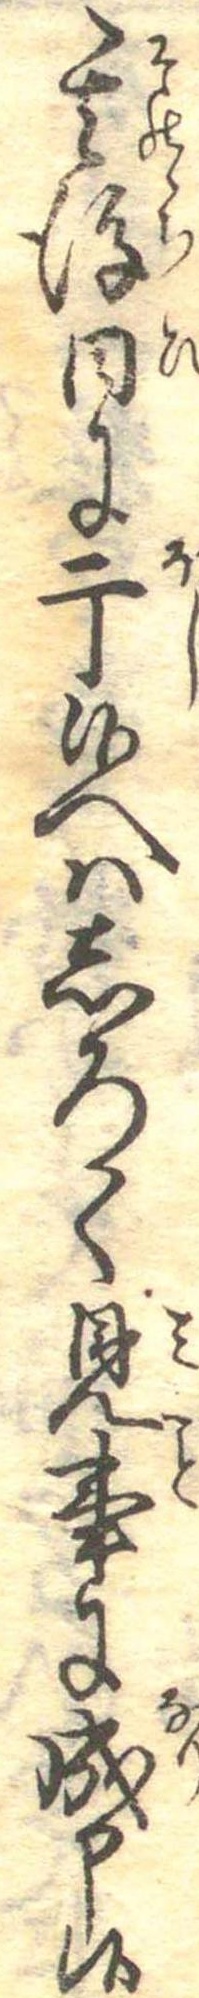
其後日に干候へはしろく見事に成申候